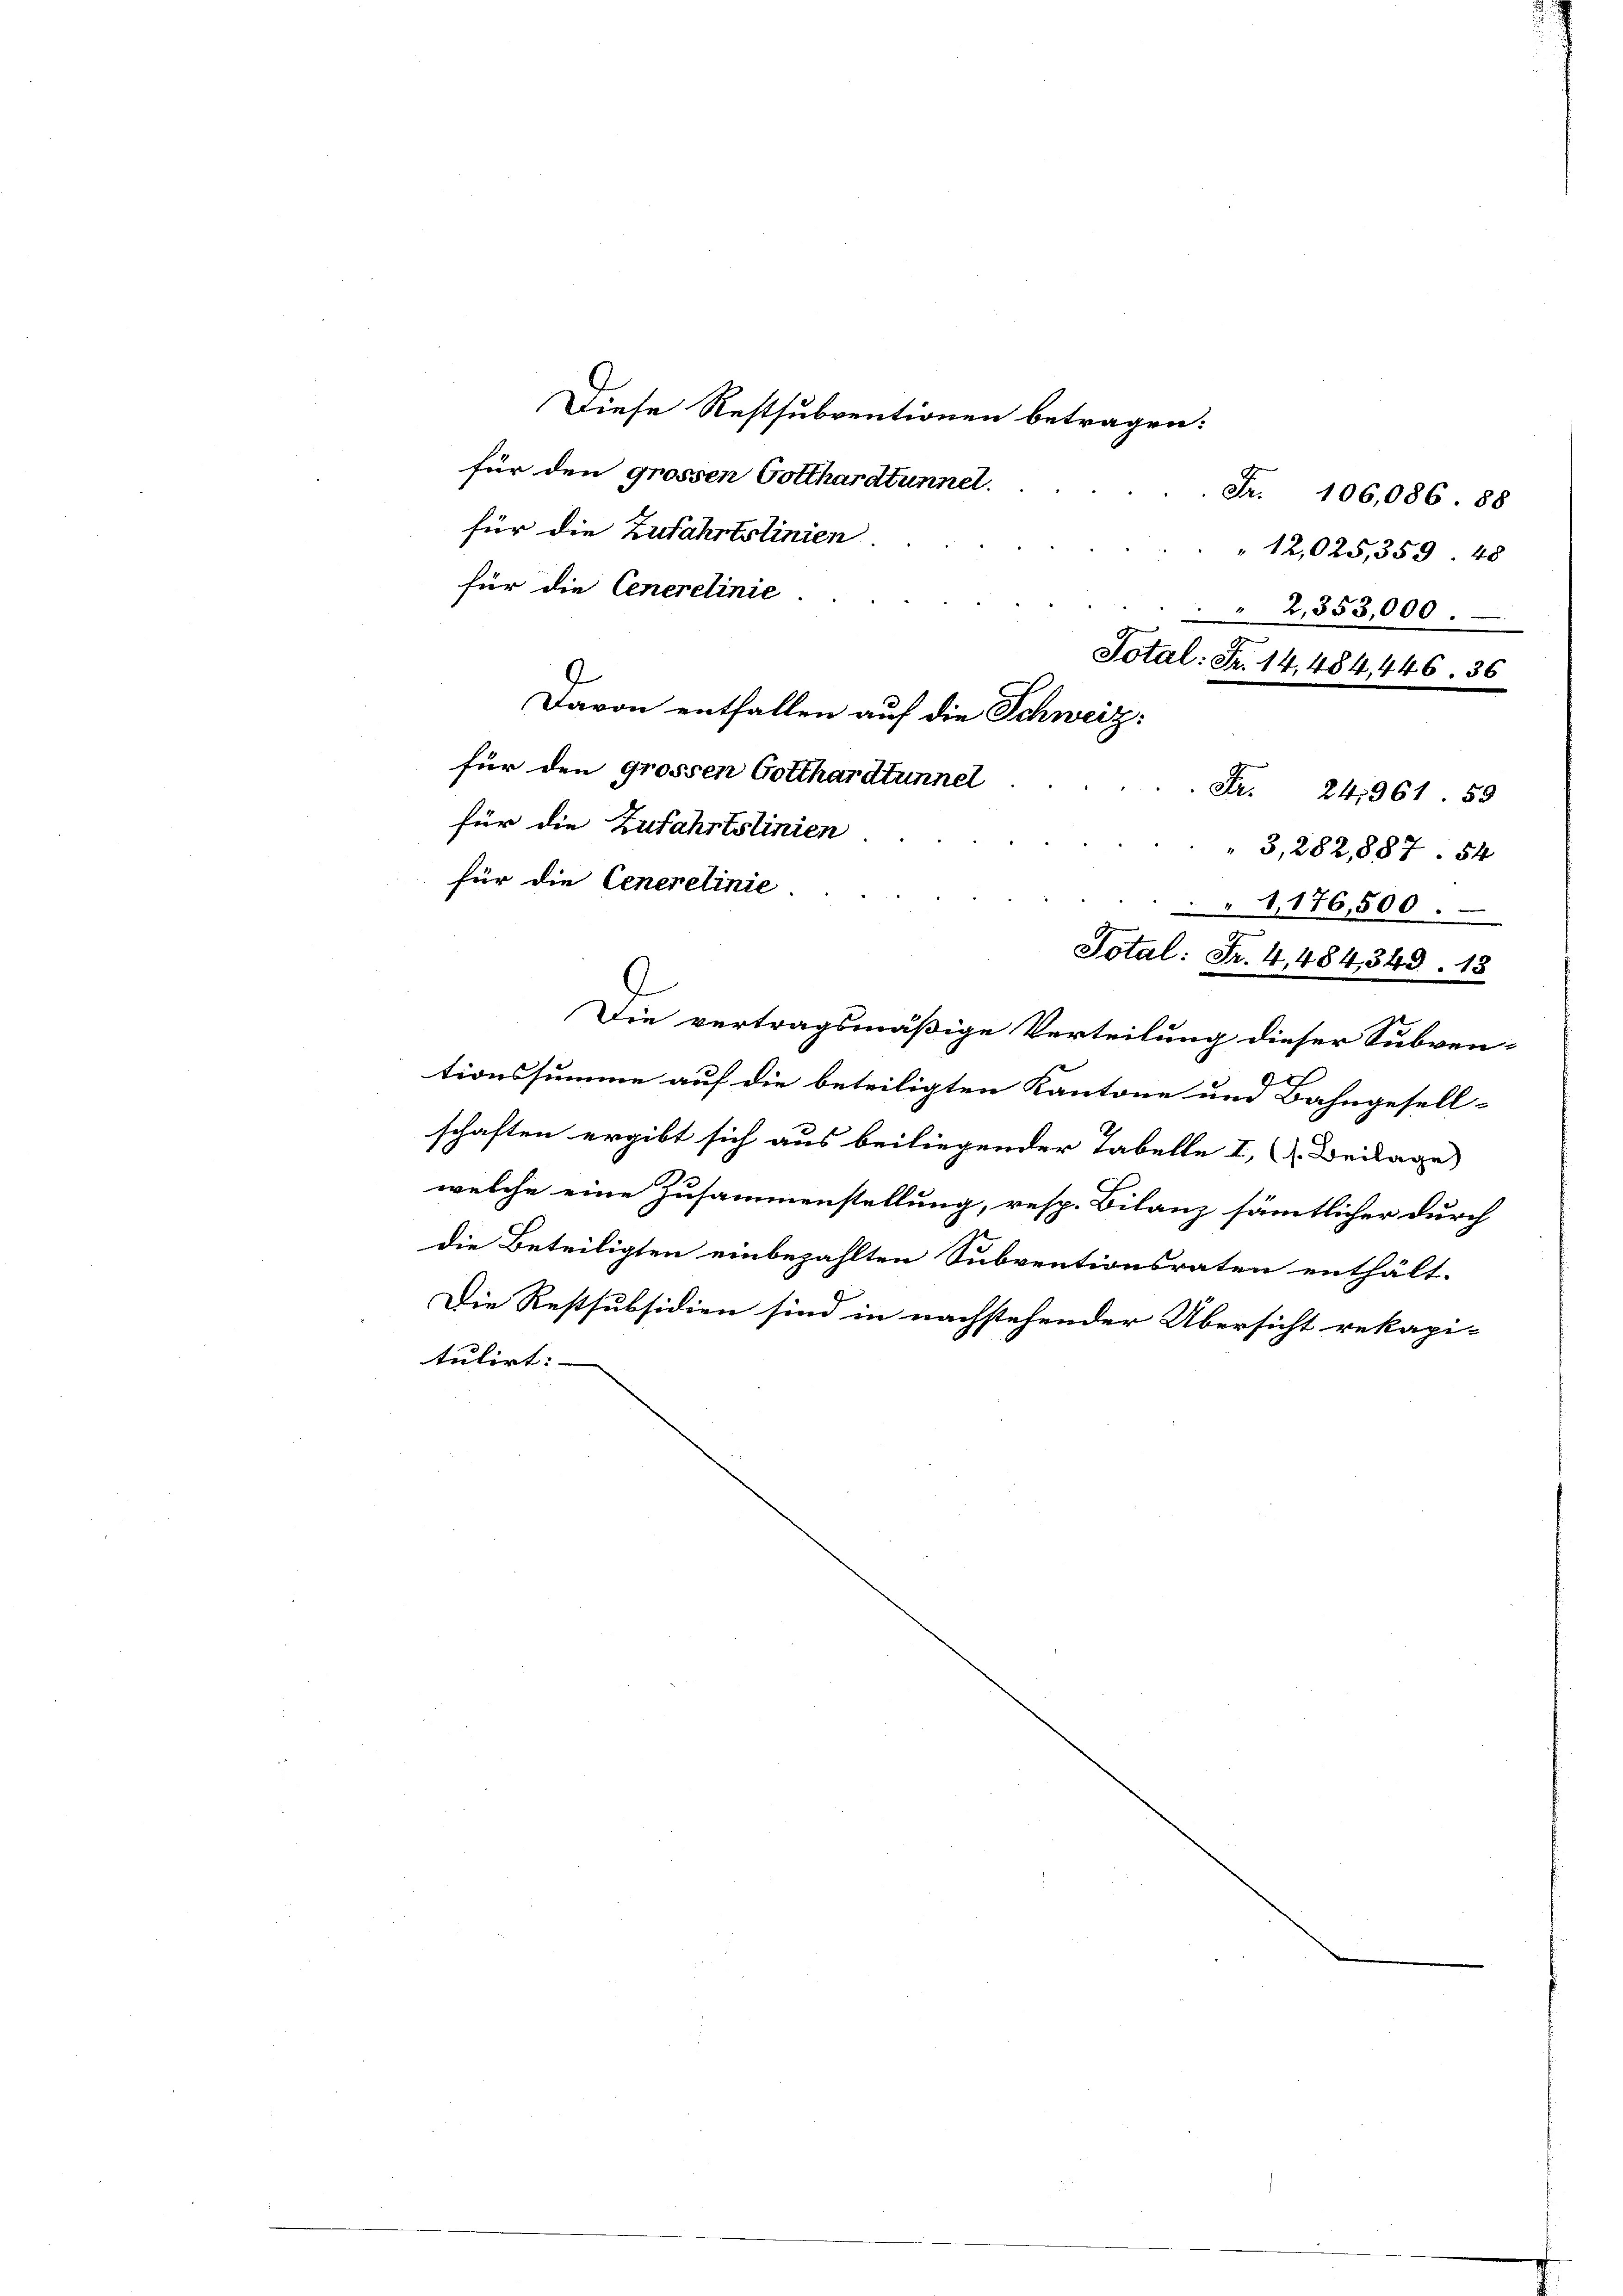
Diese Restsubventionen betragen:
für den grossen Gotthardtunnel.
für die Zufahrtslinien.
für die Cencrelinie
für den grossen Gotthardtunnel
für die Cenerelinie.
Total: Fr. 4, 484, 343. 18
Die vertragsmäßige Verteilung dieser Subven-
9
tionssumme auf die beteiligten Kantone um Bahngesell-
schaften ergibt sich aus beiliegender Tabelle I. Beilage
welche eine Zusammenstellung, resp. Bilanz sämmtlicher durch
die Beteiligten einbezahlten Subventionsraten enthält-
Die Restsubsidien sind in nachstehender Übersicht rekapi-
tulirt:

für die Zufahrtslinien.

virend
Davon entfallen auf die Schweiz:

Fr. 106,086. 88
" 12,025,359 48
" 2,353,000.
Total: Fr. 14, 484, 446. 36
Fr. 241361. 59
3,282,887. 84
1,176,500.